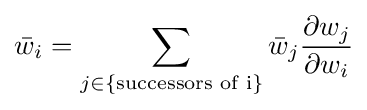
{\bar {w}}_{i}=\sum _{j\in \{{\text{successors of i}}\}}{\bar {w}}_{j}{\frac {\partial w_{j}}{\partial w_{i}}}